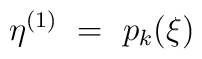
\eta^{(1)} \ = \ p_k(\xi)